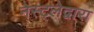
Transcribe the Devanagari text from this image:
नेस्ट्लेद्वारा